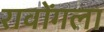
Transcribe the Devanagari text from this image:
रावोंगला